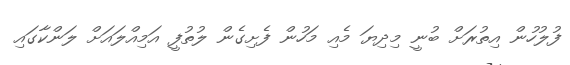
ފުލުހުން އިތުރަށް ބުނީ މިދިޔަ މެއި މަހުން ފެށިގެން ލުތުފީ އަމިއްލައަށް ލަންކާގައި